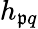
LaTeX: h_{\mathfrak{p}q}